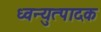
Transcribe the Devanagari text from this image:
ध्वन्युत्पादक